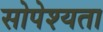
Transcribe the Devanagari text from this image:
सोपेश्यता